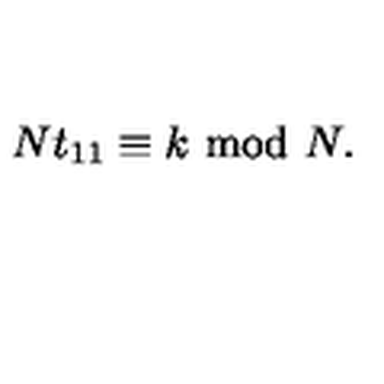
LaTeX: N t _ { 1 1 } \equiv k \ \mathrm { m o d } \ N .